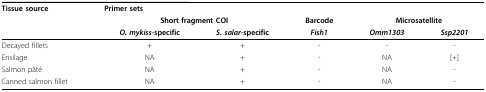
<table><thead><tr><td><b>Tissue source</b></td><td colspan="5"><b>Primer sets</b></td></tr><tr><td></td><td colspan="2"><b>Short fragment COI</b></td><td><b>Barcode</b></td><td colspan="2"><b>Microsatellite</b></td></tr><tr><td></td><td><b><i>O. mykiss</i>-specific</b></td><td><b><i>S. salar</i>-specific</b></td><td><b><i>Fish1</i></b></td><td><b><i>Omm1303</i></b></td><td><b><i>Ssp2201</i></b></td></tr></thead><tbody><tr><td>Decayed fillets</td><td>+</td><td>+</td><td>-</td><td>-</td><td>-</td></tr><tr><td>Ensilage</td><td>NA</td><td>+</td><td>-</td><td>NA</td><td>[+]</td></tr><tr><td>Salmon pâté</td><td>NA</td><td>+</td><td>-</td><td>NA</td><td>-</td></tr><tr><td>Canned salmon fillet</td><td>NA</td><td>+</td><td>-</td><td>NA</td><td>-</td></tr></tbody></table>